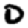
Digit: 0